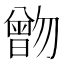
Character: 朆